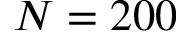
N = 2 0 0